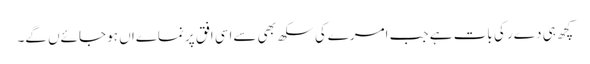
کچھ ہی دےر کی بات ہے جب امرےکی سکھ بھی سےاسی افق پر نماےاں ہو جائےں گے۔